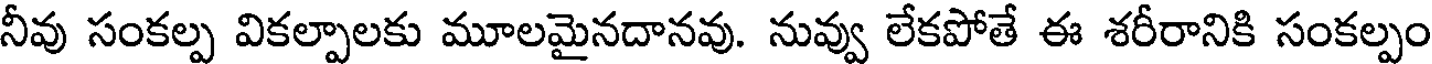
నీవు సంకల్ప వికల్పాలకు మూలమైనదానవు. నువ్వు లేకపోతే ఈ శరీరానికి సంకల్పం